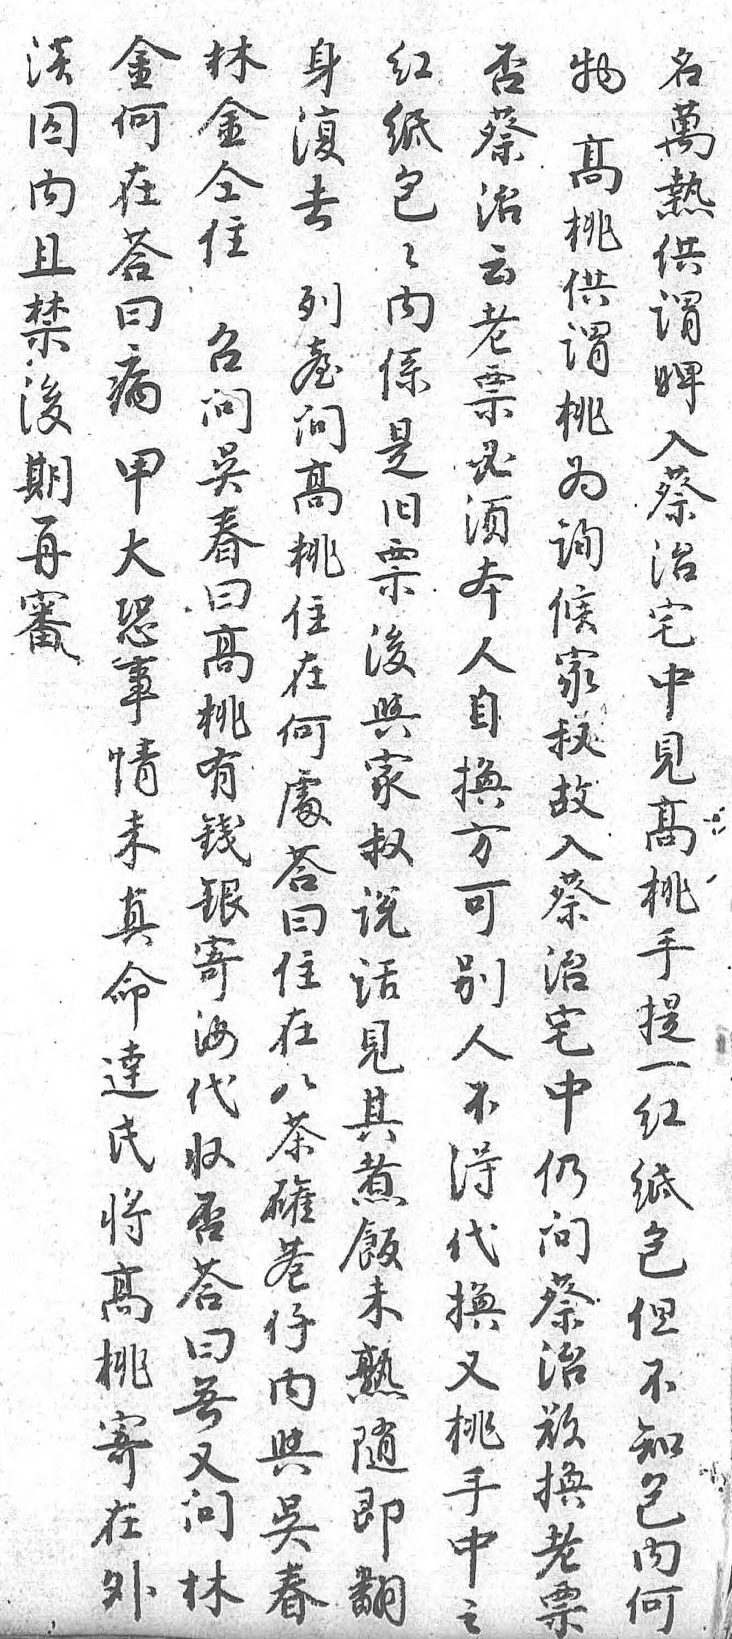
身物金澹林否紅名復高何囚金蔡紙萬去桃在内仝治包熱列供答且住云包供臺謂曰禁召老内謂問桃病後問票係婢高為甲期吴必是入桃詢大再春須舊蔡住候恐審曰本票治在家事 高人後宅何叔情 桃自與中處故未 有換家見答入真 錢方叔高曰蔡命 銀可説桃住治達 寄別話手在宅氏 汝人見提八中將 代不其一茶仍高 收得煮紅罐問桃 否代飯紙巷蔡寄 答换未包仔治在 曰又熟但内欲外 無桃隨不與換  又手即知吴老  問中翻包春票  林之 内       何